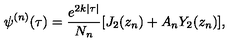
\psi ^ { ( n ) } ( \tau ) = \frac { e ^ { 2 k | \tau | } } { N _ { n } } [ J _ { 2 } ( z _ { n } ) + A _ { n } Y _ { 2 } ( z _ { n } ) ] ,